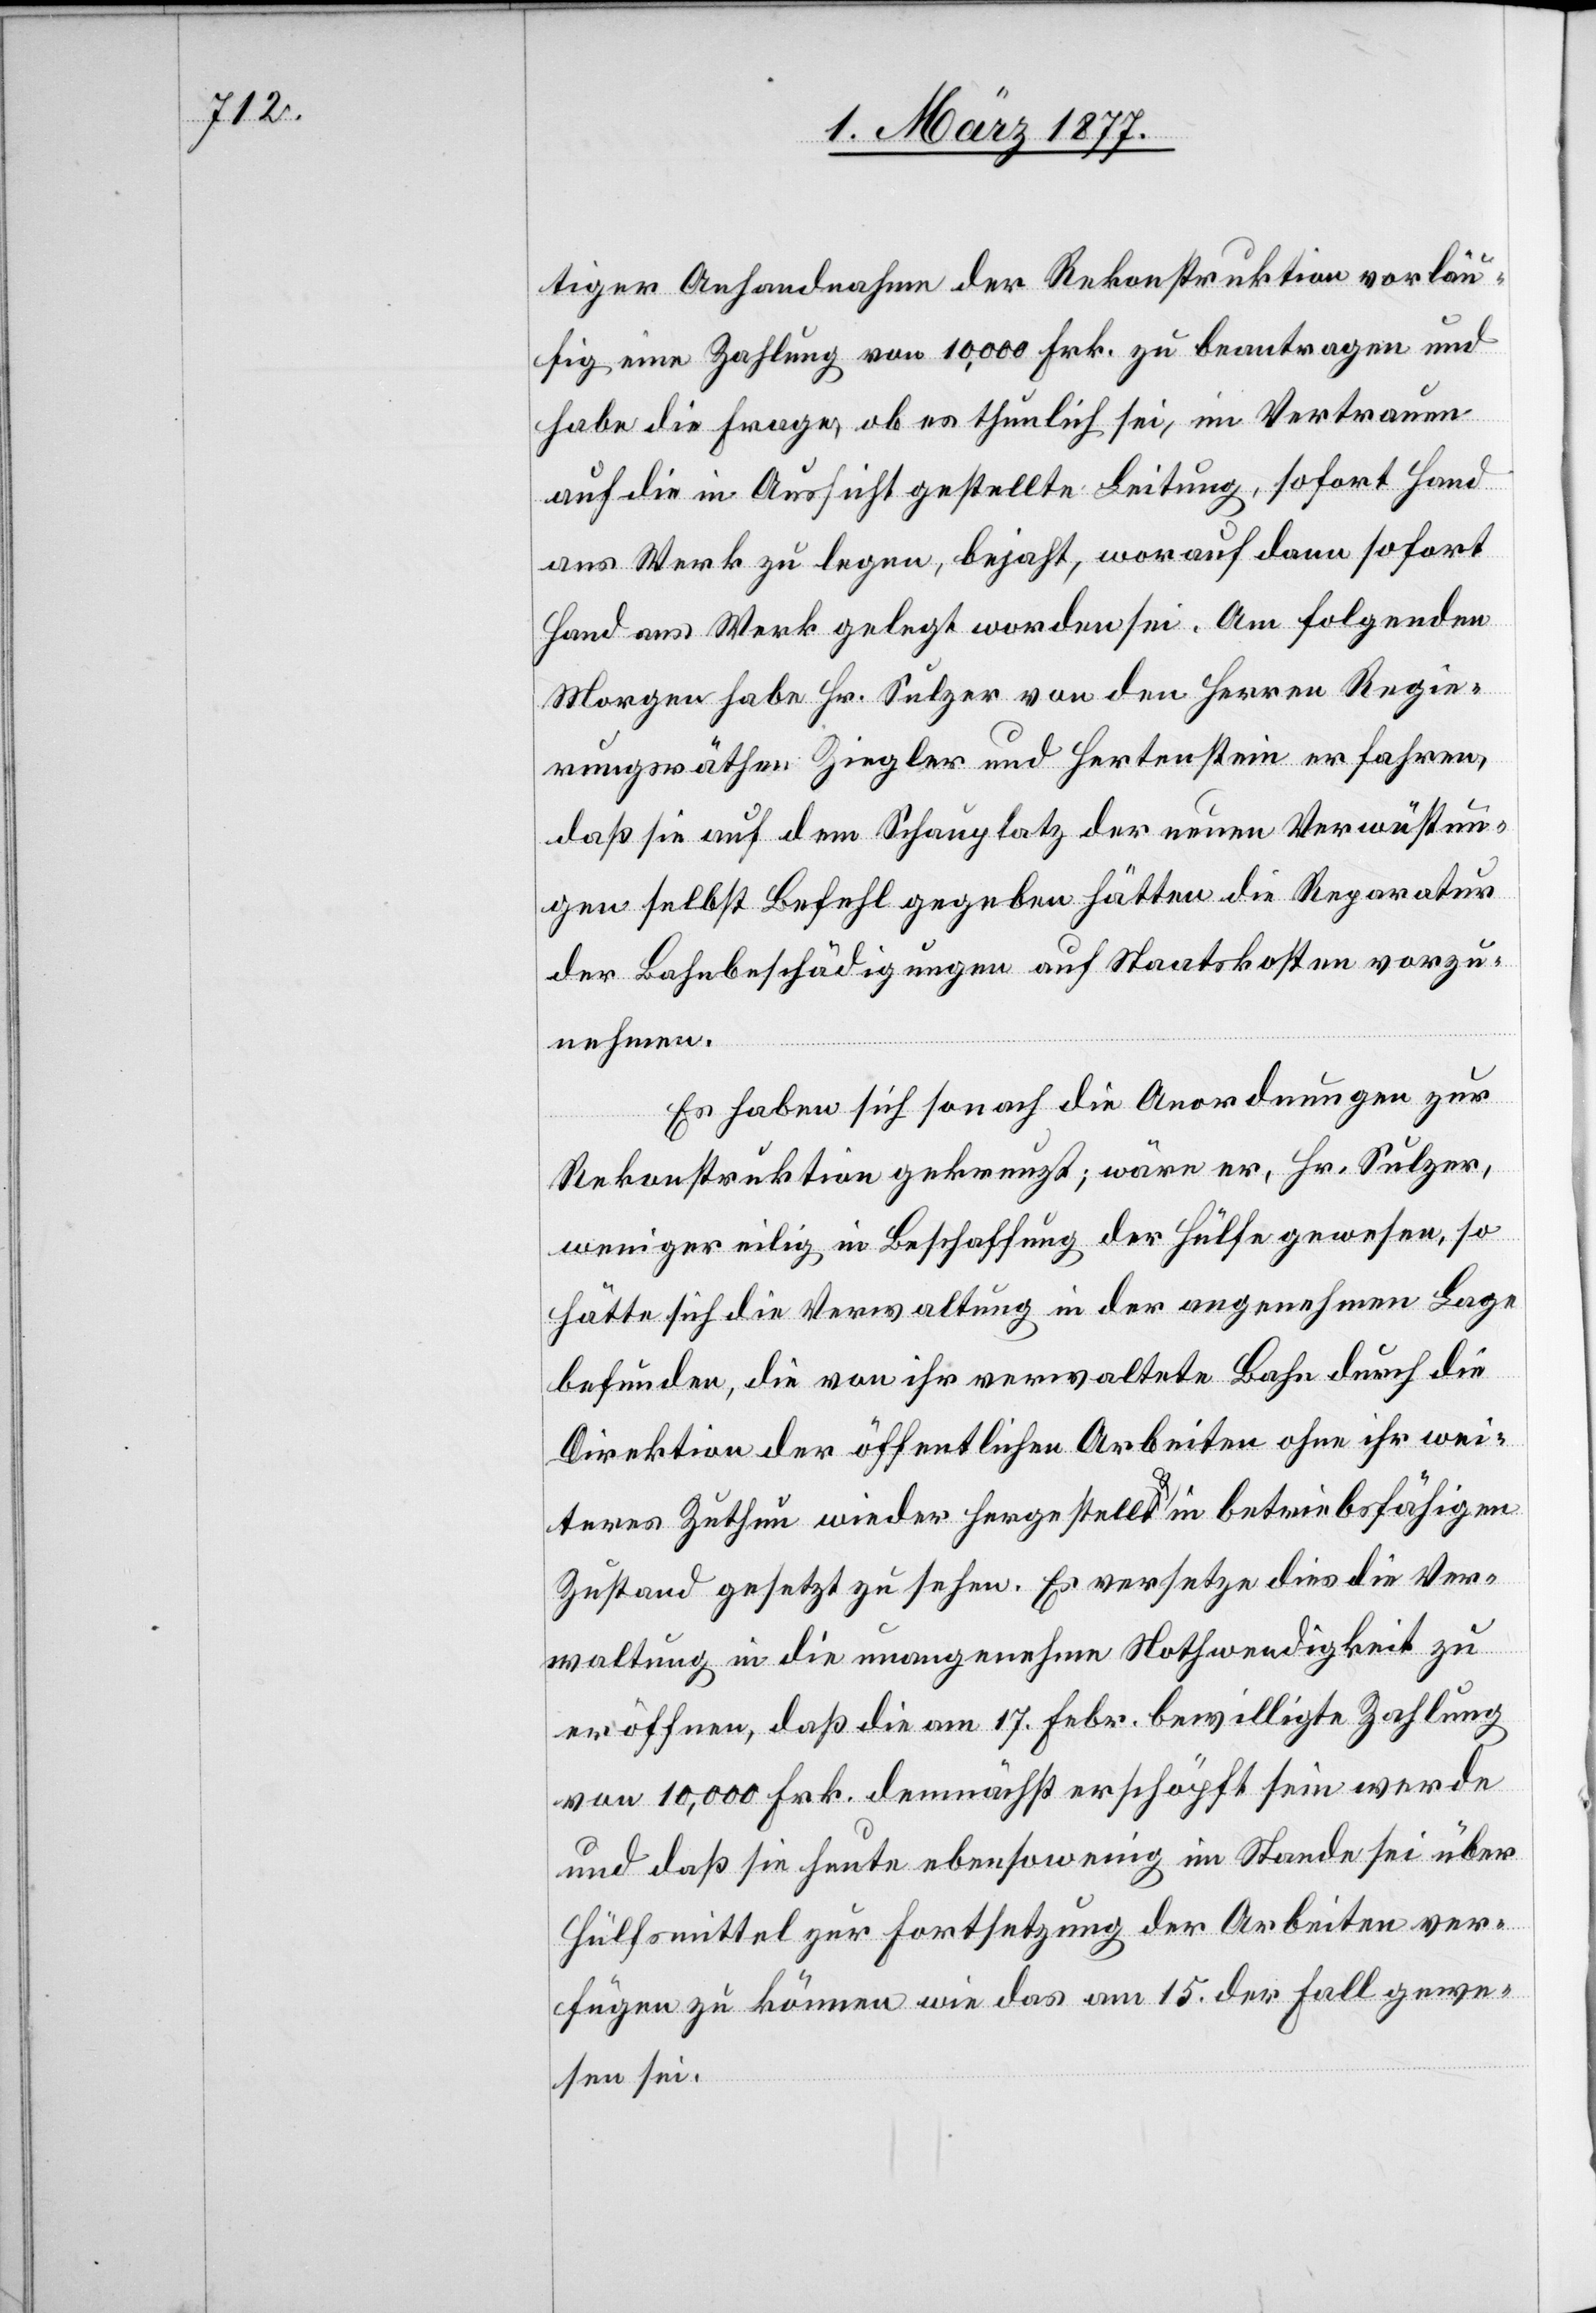
tiger Anhandnahme der Rekonstruktion vorläu¬
fig eine Zahlung von 10,000 Frk. zu beantragen und
habe die Frage, ob es thunlich sei, im Vertrauen
auf die in Aussicht gestellte Leitung, sofort Hand
ans Werk zu legen, bejaht, worauf dann sofort
Hand ans Werk gelegt worden sei. Am folgenden
Morgen habe Hr. Sulzer von den Herren Regie¬
rungsräthen Ziegler und Hertenstein erfahren,
daß sie auf dem Schauplatz der neuen Verwüstun¬
gen selbst Befehl gegeben hätten die Reparatur
der Bahnbeschädigungen auf Staatskosten vorzu¬
nehmen.
Es haben sich sonach die Anordnungen zur
Rekonstruktion gekreuzt; wäre er, Hr. Sulzer,
weniger eilig in Beschaffung der Hülfe gewesen, so
hätte sich die Verwaltung in der angenehmen Lage
befunden, die von ihr verwaltete Bahn durch die
Direktion der öffentlichen Arbeiten ohne ihr wei¬
teres Zuthun wieder hergestellt & in betriebsfähigen
Zustand gesetzt zu sehen. Es versetze dies die Ver¬
waltung in die unangenehme Nothwendigkeit zu
eröffnen, daß die am 17. Febr. bewilligte Zahlung
von 10,000 Frk. demnächst erschöpft sein werde
und daß sie heute ebensowenig im Stande sei über
Hülfsmittel zur Fortsetzung der Arbeiten ver¬
fügen zu können wie das am 15. der Fall gewe¬
sen sei.